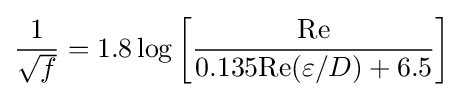
{\frac {1}{\sqrt {f}}}=1.8\log \left[{\frac {\mathrm {Re} }{0.135\mathrm {Re} (\varepsilon /D)+6.5}}\right]